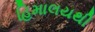
હિમાલયથી